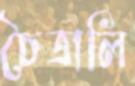
চৈত্রালি